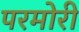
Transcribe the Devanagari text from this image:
परमोरी